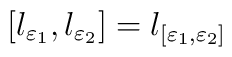
\left[l_{\varepsilon_1},l_{\varepsilon_2}\right] = l_{[\varepsilon_1,\varepsilon_2]}